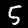
Label: 5